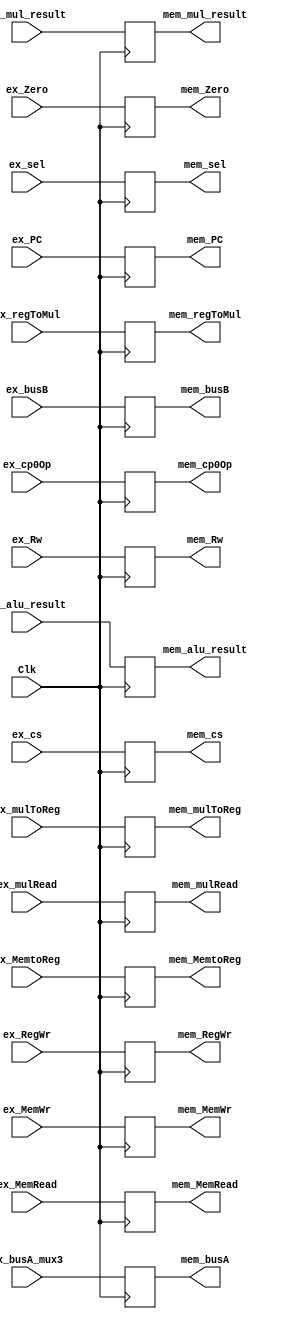
module ex_mem( Clk,          ex_Zero,        ex_alu_result, ex_busB,          ex_Rw,
               ex_RegWr,     ex_MemWr,       ex_MemtoReg,   mem_Zero,         mem_alu_result,
               mem_busB,     mem_Rw,         mem_RegWr,     mem_MemWr,        mem_MemtoReg,
               ex_MemRead,   mem_MemRead,
               //----{mul}begin
               ex_busA_mux3, ex_mul_result,  ex_regToMul,   ex_mulToReg,      ex_mulRead,
               mem_busA,     mem_mul_result, mem_regToMul,  mem_mulToReg,     mem_mulRead,
               //----{mul}end
               //----{cp0}begin
               ex_cs,        ex_sel,         ex_cp0Op,      ex_PC,
               mem_cs,       mem_sel,        mem_cp0Op,     mem_PC
               //----{cp0}end
               );
        
        input              Clk;
        input              ex_Zero;
        input       [31:0] ex_alu_result;
        input       [31:0] ex_busB;
        input       [4:0]  ex_Rw;        
        input              ex_RegWr;
        input       [1:0]  ex_MemWr;
        input              ex_MemtoReg;
	      input       [1:0]  ex_MemRead;
        //----{mul}begin
        input       [31:0] ex_busA_mux3;
        input       [63:0] ex_mul_result;
        input       [ 1:0] ex_regToMul;
        input              ex_mulToReg;
        input              ex_mulRead;
        //----{mul}end
        //----{cp0}begin
        input       [ 4:0] ex_cs;
        input       [ 2:0] ex_sel;
        input       [ 2:0] ex_cp0Op;
        input       [31:2] ex_PC;
        //----{cp0}end

        //control
        output reg         mem_Zero;
        output reg [31:0]  mem_alu_result;
        output reg [31:0]  mem_busB;
        output reg [4:0]   mem_Rw;
        output reg         mem_RegWr;
        output reg [1:0]   mem_MemWr;
        output reg         mem_MemtoReg;
        output reg [1:0]   mem_MemRead;

        //----{mul}begin
        output reg [31:0]  mem_busA;
        output reg [63:0]  mem_mul_result;
        output reg [ 1:0]  mem_regToMul;
        output reg         mem_mulToReg;
        output reg         mem_mulRead;
        //----{mul}end
        //----{cp0}begin
        output reg [ 4:0]  mem_cs;
        output reg [ 2:0]  mem_sel;
        output reg [ 2:0]  mem_cp0Op;
        output reg [31:2]  mem_PC;
        //----{cp0}end  
        initial begin
          mem_Zero       = 0;
          mem_alu_result = 32'd0;
          mem_busB       = 32'd0;
          mem_Rw         = 5'd0;
          mem_RegWr      = 0;    // 
          mem_MemWr      = 2'd0; // 
          mem_MemtoReg   = 0;    // MUX
          mem_MemRead    = 2'd0;
          //----{mul}begin
          mem_busA       = 32'd0;
          mem_mul_result = 63'd0;
          mem_regToMul   = 2'd0;
          mem_mulToReg   = 0;
          mem_mulRead    = 0;
          //----{mul}end
          //----{cp0}begin
          mem_cs         = 5'd0;
          mem_sel        = 3'd0;
          mem_cp0Op      = 3'd0;
          mem_PC         = 30'd0;
          //----{cp0}end  
        end
        always @(posedge Clk)
        begin
          mem_alu_result <= ex_alu_result;
          mem_busB       <= ex_busB;
          mem_Rw         <= ex_Rw;     
          
          //control
          mem_Zero       <= ex_Zero;
          mem_RegWr      <= ex_RegWr;
          mem_MemWr      <= ex_MemWr;
          mem_MemtoReg   <= ex_MemtoReg;   
          mem_MemRead    <= ex_MemRead;    

          //----{mul}begin
          mem_busA       <= ex_busA_mux3;
          mem_mul_result <= ex_mul_result;
          mem_regToMul   <= ex_regToMul;
          mem_mulToReg   <= ex_mulToReg;
          mem_mulRead    <= ex_mulRead;
          //----{mul}end

          //----{cp0}begin
          mem_cs         <= ex_cs;
          mem_sel        <= ex_sel;
          mem_cp0Op      <= ex_cp0Op;
          mem_PC         <= ex_PC;
          //----{cp0}end 
        end
endmodule